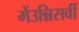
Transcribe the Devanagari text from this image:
मेंउन्निसवीं